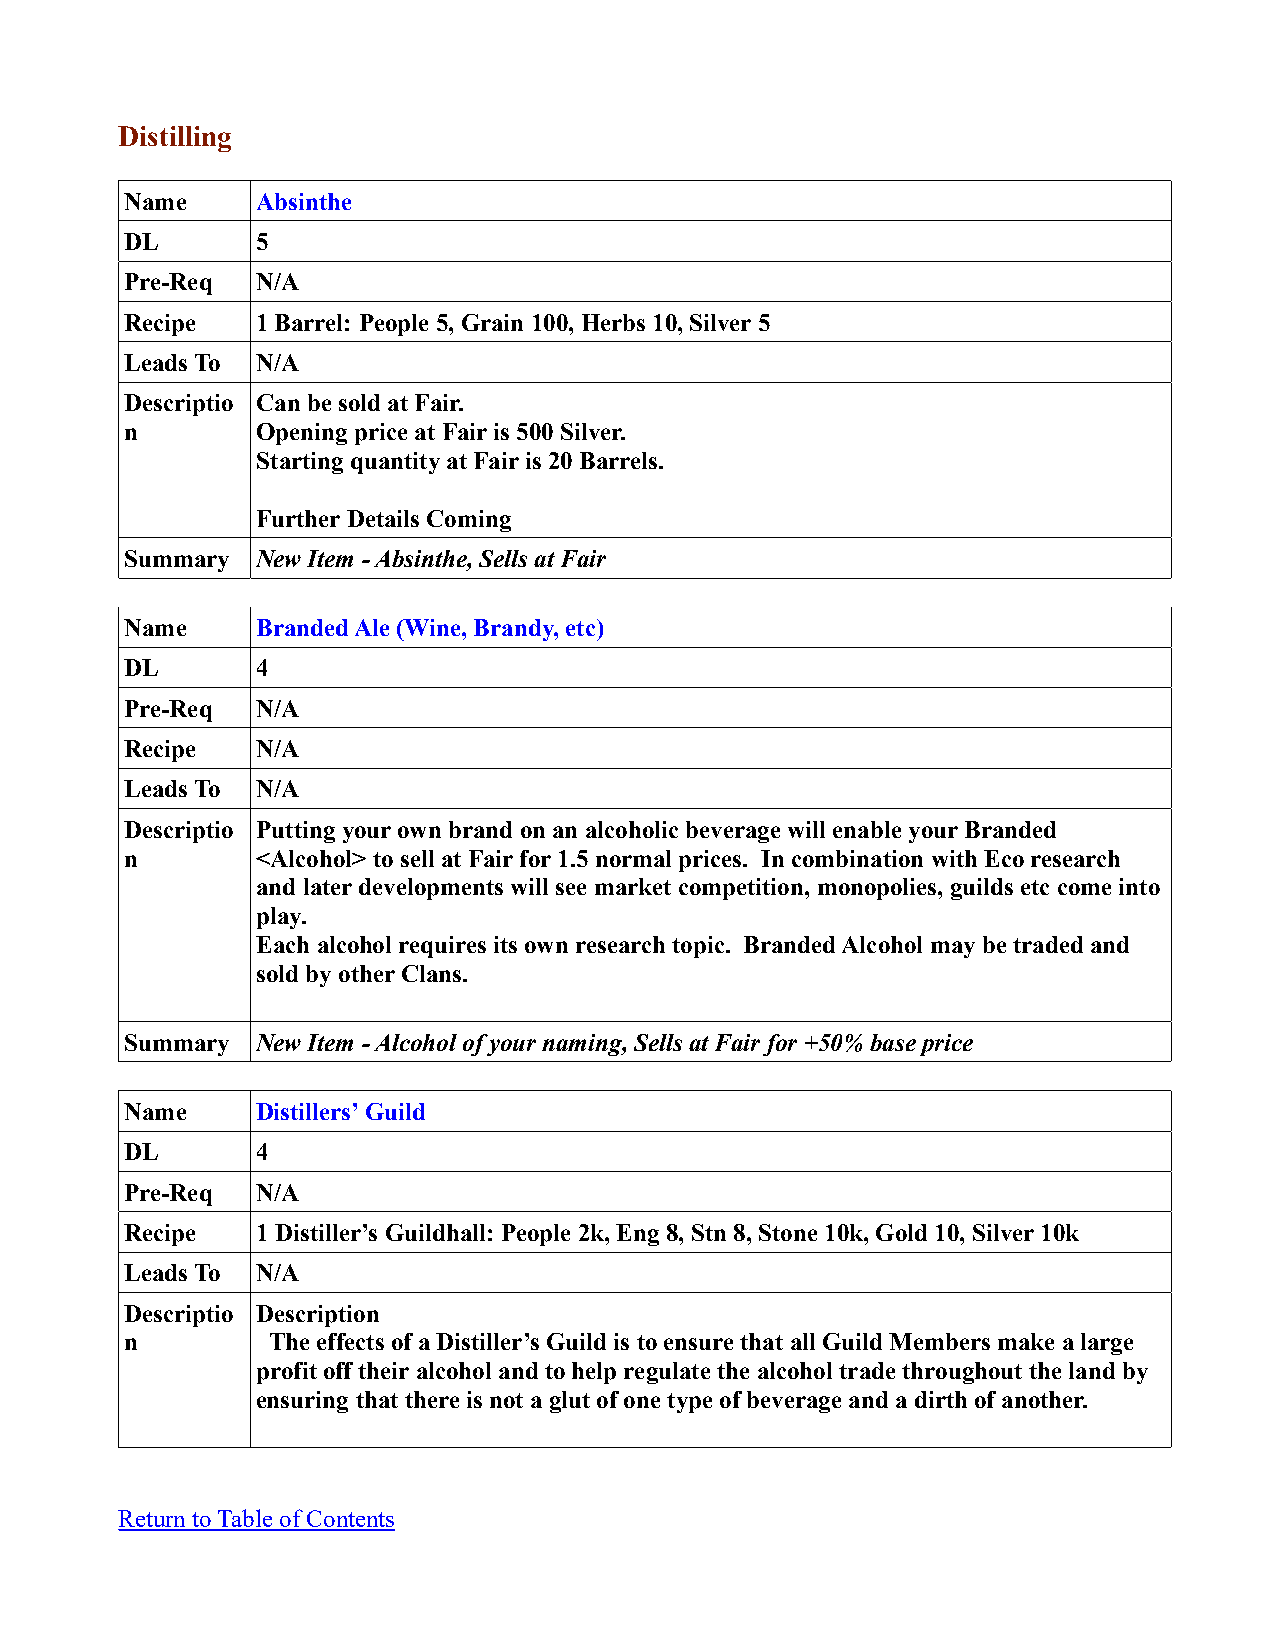
Distilling
 Name     Absinthe
 DL       5
 Pre-Req  N/A
 Recipe   1 Barrel: People 5, Grain 100, Herbs 10, Silver 5
 Leads To N/A
 Descriptio Can be sold at Fair.
 n        Opening price at Fair is 500 Silver.
 Starting quantity at Fair is 20 Barrels.
 Further Details Coming
 Summary  New Item - Absinthe, Sells at Fair
 Name     Branded Ale (Wine, Brandy, etc)
 DL       4
 Pre-Req  N/A
 Recipe   N/A
 Leads To N/A
 Descriptio Putting your own brand on an alcoholic beverage will enable your Branded
 n        <Alcohol> to sell at Fair for 1.5 normal prices. In combination with Eco research
 and later developments will see market competition, monopolies, guilds etc come into
 play.
 Each alcohol requires its own research topic. Branded Alcohol may be traded and
 sold by other Clans.
 Summary  New Item - Alcohol of your naming, Sells at Fair for +50% base price
 Name     Distillers’ Guild
 DL       4
 Pre-Req  N/A
 Recipe   1 Distiller’s Guildhall: People 2k, Eng 8, Stn 8, Stone 10k, Gold 10, Silver 10k
 Leads To N/A
 Descriptio Description
 n         The effects of a Distiller’s Guild is to ensure that all Guild Members make a large
 profit off their alcohol and to help regulate the alcohol trade throughout the land by
 ensuring that there is not a glut of one type of beverage and a dirth of another.
 Return to Table of Contents